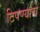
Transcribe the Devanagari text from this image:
टिपण्याचे